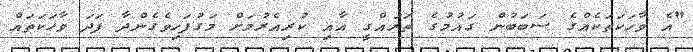
"އެ ވާހަކަތަކެއްގެ ސަަބަބުން ގައުމުގެ ތަރައްގީ އާއި ކުރިއެރުމަށް މަގުފަހިވެގެންދާ ފަދަ ވާހަކަތައް